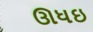
ઊધઇ